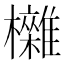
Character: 𣠥